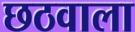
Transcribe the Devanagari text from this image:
छठवाला